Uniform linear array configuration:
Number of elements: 24
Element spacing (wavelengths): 0.25
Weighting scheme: uniform
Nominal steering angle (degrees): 30
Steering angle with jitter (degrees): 29.034
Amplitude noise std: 0.05
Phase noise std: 0.05

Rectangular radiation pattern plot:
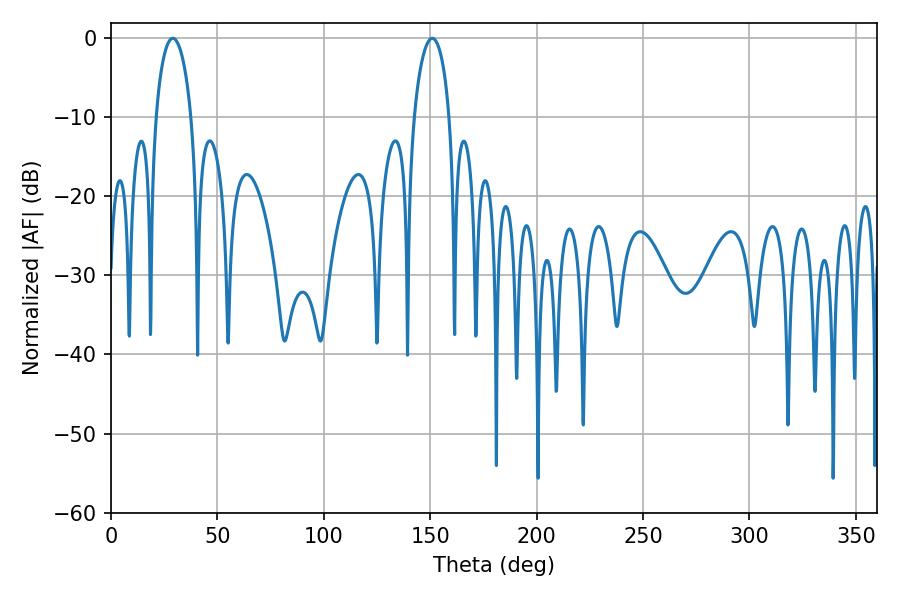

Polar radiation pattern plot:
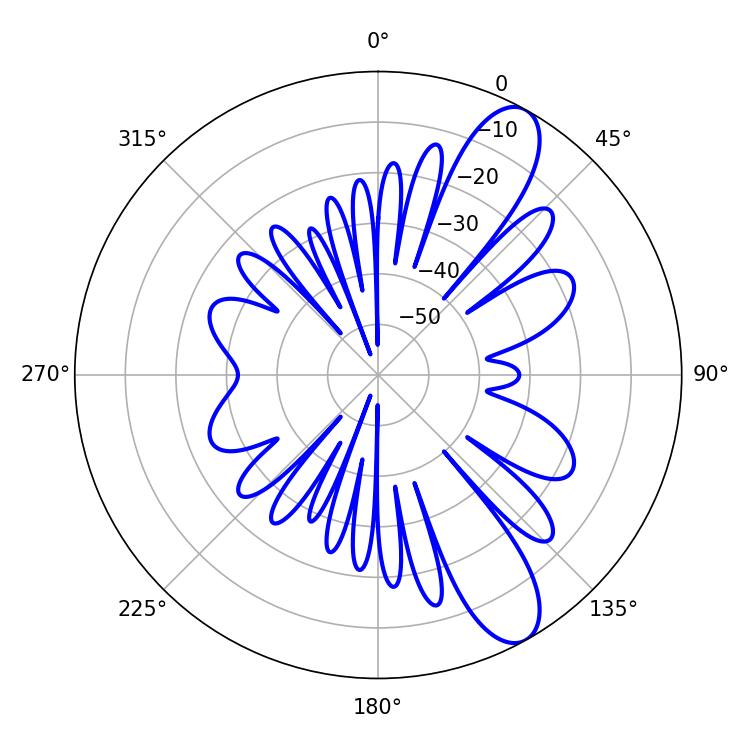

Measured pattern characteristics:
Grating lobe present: FALSE
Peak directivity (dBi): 10.38
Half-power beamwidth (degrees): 9.36
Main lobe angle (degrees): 28.98